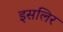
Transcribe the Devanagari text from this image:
इसलिर